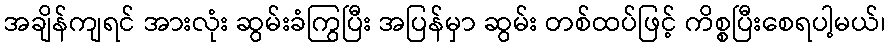
အချိန်ကျရင် အားလုံး ဆွမ်းခံကြွပြီး အပြန်မှာ ဆွမ်း တစ်ထပ်ဖြင့် ကိစ္စပြီးစေရပါ့မယ်၊